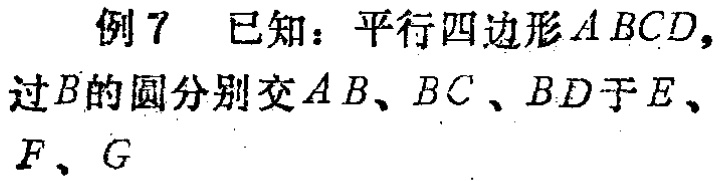
例 7 已知：平行四边形 \(ABCD\)，过 \(B\) 的圆分别交 \(AB\)、\(BC\)、\(BD\) 于 \(E\)、\(F\)、\(G\)